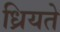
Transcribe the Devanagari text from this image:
ध्रियते